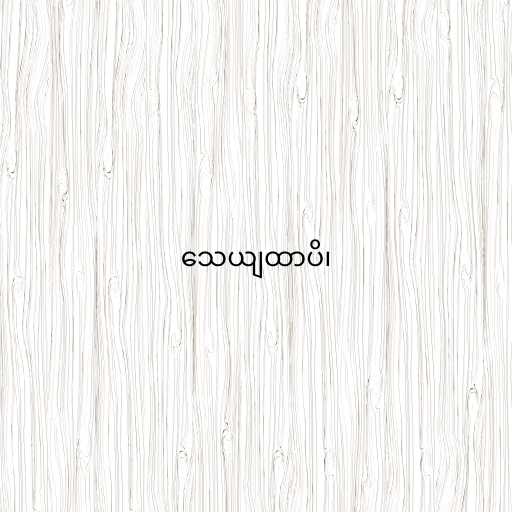
သေယျထာပိ၊